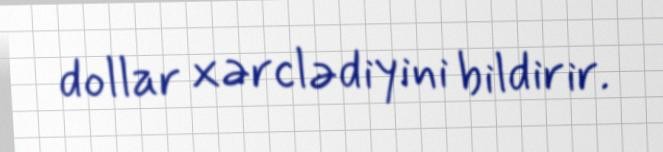
dollar xərclədiyini bildirir.